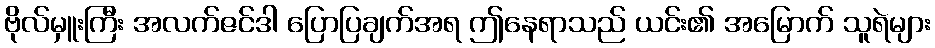
ဗိုလ်မှူးကြီး အလက်ဇင်ဒါ ပြောပြချက်အရ ဤနေရာသည် ယင်း၏ အမြောက် သူရဲများ